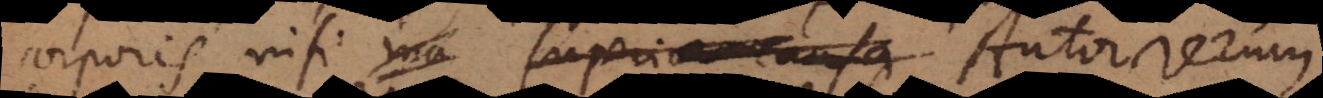
corporis, nisi ma superiora causa Autor rerum